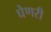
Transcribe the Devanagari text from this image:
घेणरी